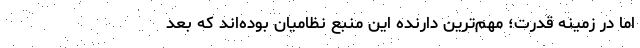
اما در زمینه قدرت؛ مهم‌ترین دارنده این منبع نظامیان بوده‌اند که بعد